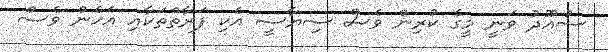
ސުއޫދު ވަނީ މީގެ ކުރިން ވެސް ސިޔާސީ އެކި ފަރާތްތަކާއި އެހެން ވެސް